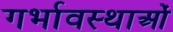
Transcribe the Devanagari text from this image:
गर्भावस्‍थाओं